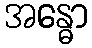
အန္ဓော